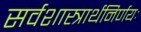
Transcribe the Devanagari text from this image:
सर्वशास्त्रार्थनिर्णयः